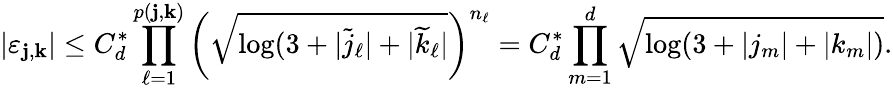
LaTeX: |\varepsilon_{\mathbf{j},\mathbf{k}}|\leq C_{d}^{*}\prod_{\ell=1}^{p(\mathbf{j},\mathbf{k})}\left(\sqrt{\log(3+|\widetilde{j}_{\ell}|+|\widetilde{k}_{\ell}|}\right)^{n_{\ell}}=C_{d}^{*}\prod_{m=1}^{d}\sqrt{\log(3+|j_{m}|+|k_{m}|)}.